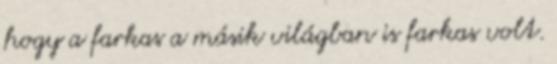
hogy a farkas a másik világban is farkas volt.